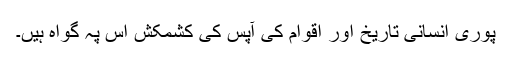
پوری انسانی تاریخ اور اقوام کی آپس کی کشمکش اس پہ گواہ ہیں۔